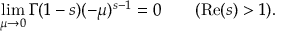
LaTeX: \operatorname* { l i m } _ { \mu \to 0 } \Gamma ( 1 - s ) ( - \mu ) ^ { s - 1 } = 0 \qquad ( \operatorname { R e } ( s ) > 1 ) .